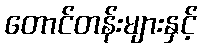
တောင်တန်းများနှင့်